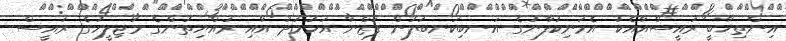
އިންތިޚާބީ ރައީސްއާއެކު އެމަނިކުފާނުގެ އަނބިކަނބަލުން ފަޒްނާ އަހުމަދު އާއި ރައްޔިތުންގެ މަޖިލީހުގެ ރައީސް